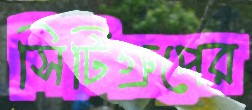
সিটিগ্রুপের